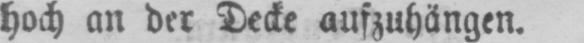
hoch an der Decke aufzuhängen.